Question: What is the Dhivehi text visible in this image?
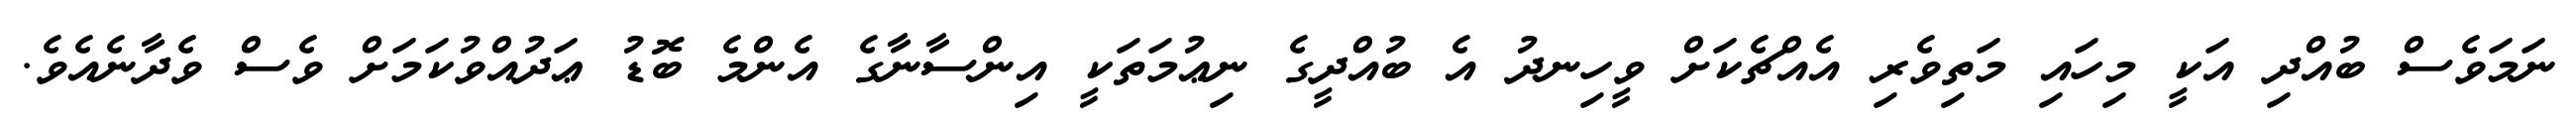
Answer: ނަމަވެސް ބުއްދި އަކީ މިހައި މަތިވެރި އެއްޗެކަށް ވީހިނދު އެ ބުއްދީގެ ނިޢުމަތަކީ އިންސާނާގެ އެންމެ ބޮޑު ޢަދުއްވުކަމަށް ވެސް ވެދާނެއެވެ.